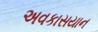
અવકાસયાન